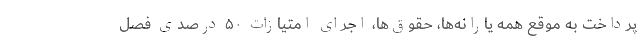
پرداخت به موقع همه یارانه‌ها، حقوق‌ها، اجرای امتیازات ۵۰ درصدی فصل